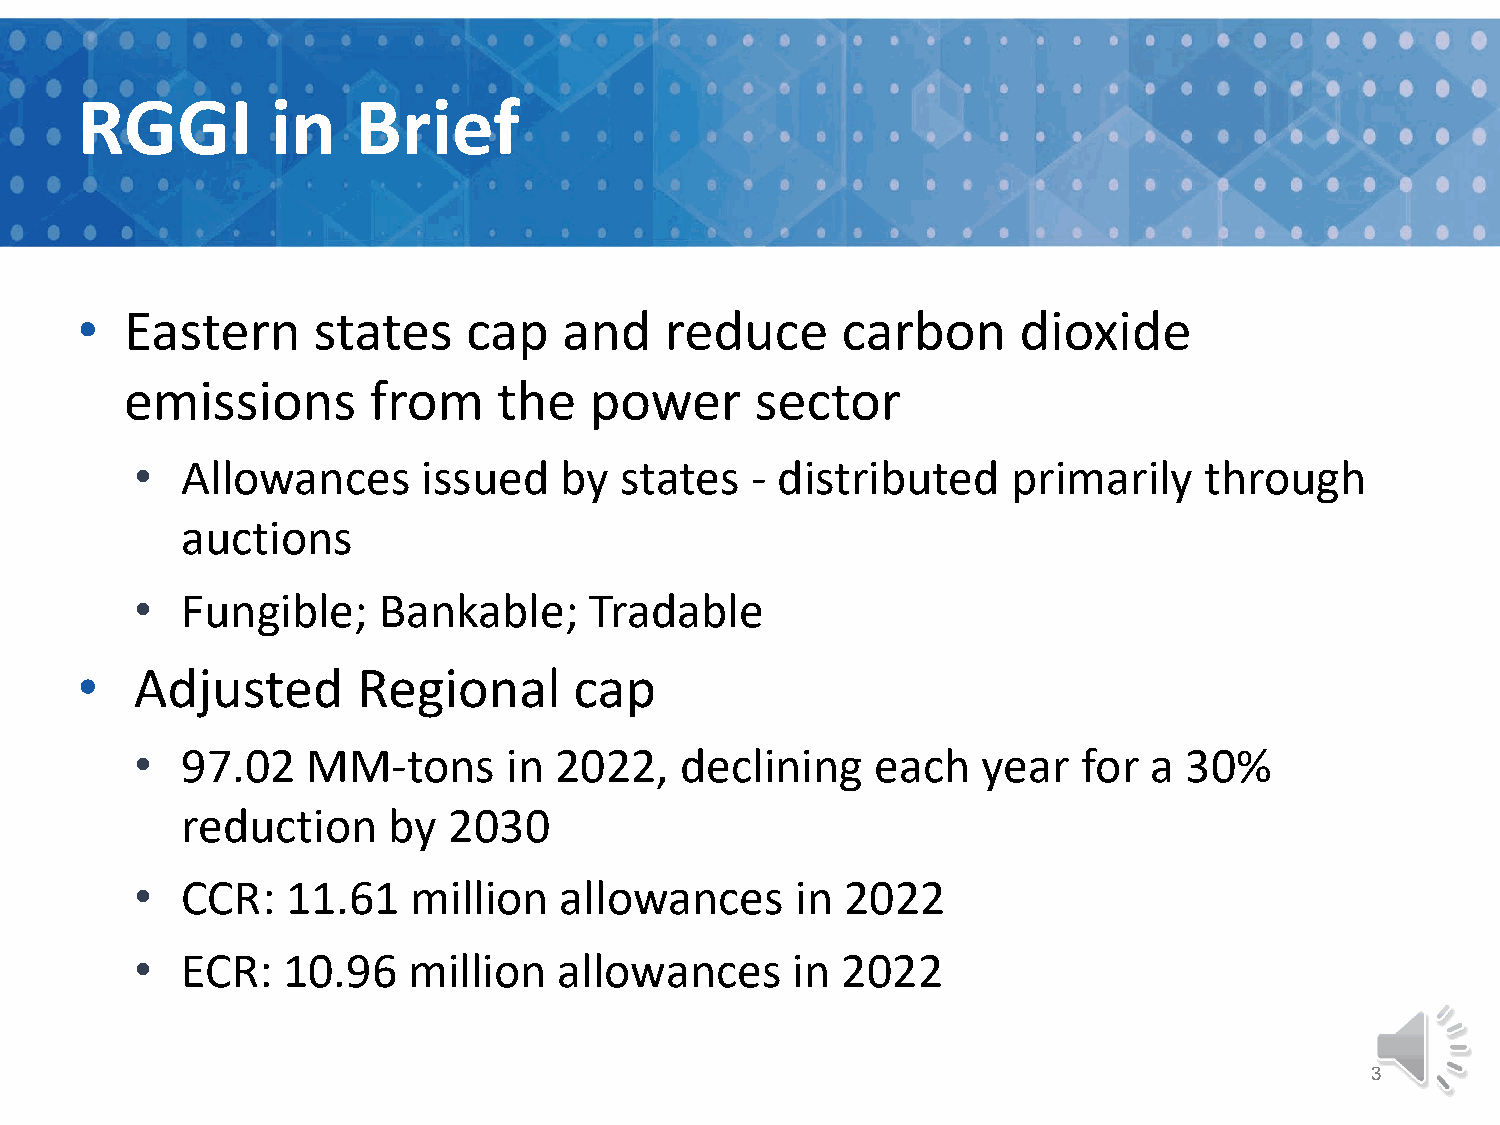
RGGI         in    Brief
 •  Eastern      states    cap   and    reduce      carbon      dioxide
 emissions       from     the   power      sector
 •  Allowances      issued   by  states   - distributed    primarily    through
 auctions
 •  Fungible;    Bankable;     Tradable
 •   Adjusted       Regional      cap
 •  97.02   MM-tons       in 2022,   declining    each   year   for a 30%
 reduction     by  2030
 •  CCR:   11.61   million   allowances      in 2022
 •  ECR:   10.96   million   allowances     in  2022
 3